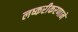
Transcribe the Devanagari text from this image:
लष्करीकरणाने